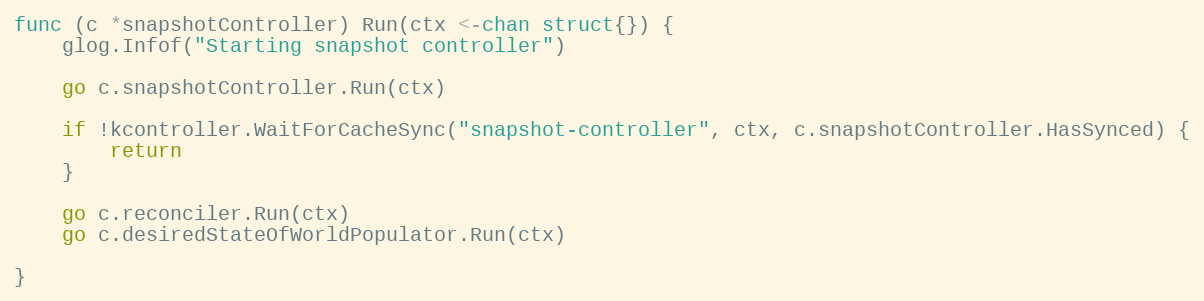
Language: Go
func (c *snapshotController) Run(ctx <-chan struct{}) {
	glog.Infof("Starting snapshot controller")

	go c.snapshotController.Run(ctx)

	if !kcontroller.WaitForCacheSync("snapshot-controller", ctx, c.snapshotController.HasSynced) {
		return
	}

	go c.reconciler.Run(ctx)
	go c.desiredStateOfWorldPopulator.Run(ctx)

}